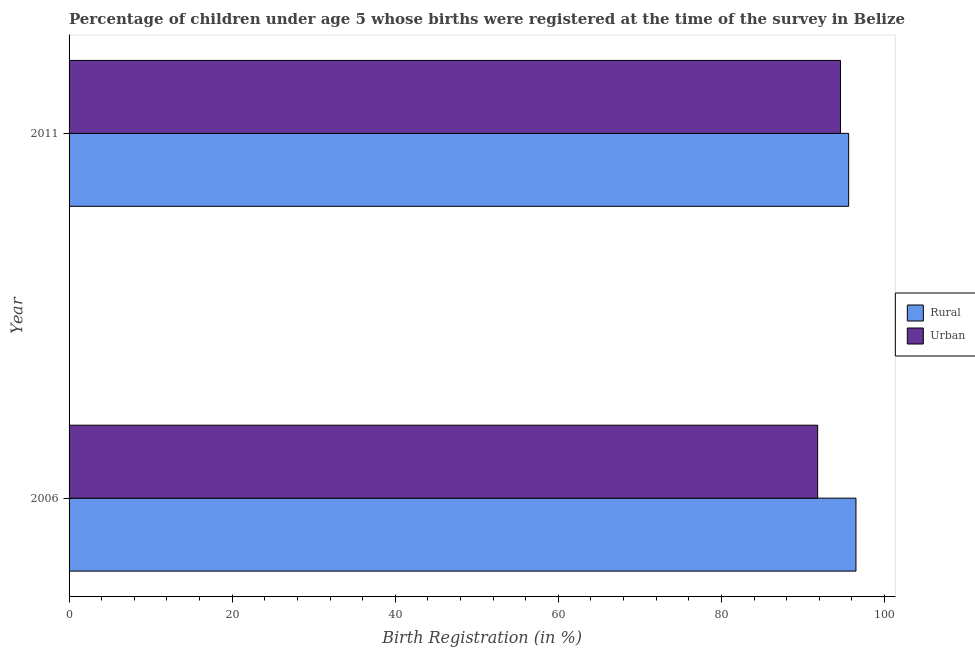
| Year | Rural | Urban |
 | --- | --- | --- |
 | 2006 | 96.5 | 91.8 |
 | 2011 | 95.6 | 94.6 |